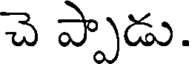
చె ప్పాడు.